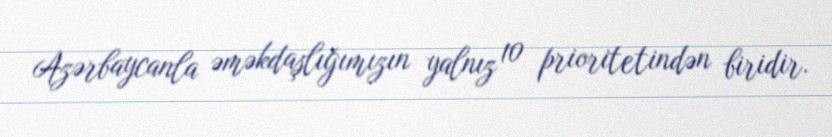
Azərbaycanla əməkdaşlığımızın yalnız 10 prioritetindən biridir.